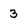
Character: 3